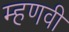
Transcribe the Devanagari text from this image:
म्हणवी